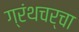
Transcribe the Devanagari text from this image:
ग्रंथचर्चा